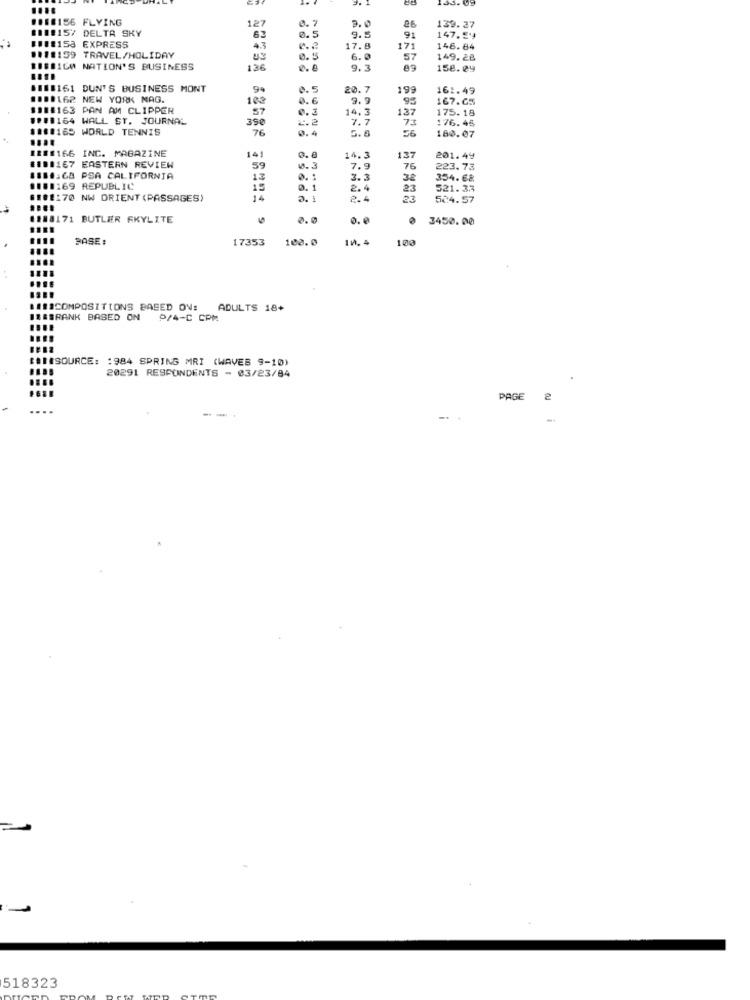
1:33. 69
1018156 FLYING
127
2.0
111:15/ DELTA SKY
0.7
9.5
86
139.27
18 :: 153 EXPRESS
63
0.5
91
147.54
43
0.2
17.8
171
146.84
111:159 TRAVEL/HOLIDAY
0.55
6.0
57
149.28
BISBICO NATION'S BUSINESS
136
0.8
9.3
89
158.09
BEBB161 DUN'S BUSINESS MONT
9
0.5
20. 7
199
161.49
1008162 NEW YORK MAG.
103
0 .6
9.9
95
167.65
11##163 PAN AM CLIPPER
57
14. 3
137
175.18
19#8164 WALL ST. JOURNAL
390
2.2
7.7
73
176.45
####165 WORLD TENNIS
76
0.4
5.8
56
160.07
12##166 INC. MAGAZINE
141
0. 0
14.3
137
201.49
#111167 EASTERN REVIEW
59
0.3
7.9
76
223.73
SI ... 68 PSA CALIFORNIA
13
0. 1
3.3
32
354. 68
1181169 REPUBLIC
0.1
2.4
23
521.3.3
$102:70 NW ORIENT (PASSAGES)
2.4
23
504.57
#188171 BUTLER SKYLITE
0.0
0 3450.00
BASE:
17353
100.0
100
###COMPOSITIONS BASED ON!
ADULTS 18+
LBBRANK BASED ON
P/4-C CPM
####SOURCE: : 984 SPRING MRI (WAVES 9-10)
20291 RESPONDENTS - 03/23/84
....
PAGE
-. .
518323